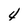
Character: 4